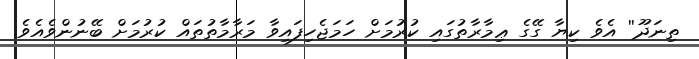
ތިނަދޫ'' އެވެ ކިޔާ ގޭގެ ޢިމާރާތުގައި ކުރުމަށް ހަމަޖެހިފައިވާ މަރާމާތުތައް ކުރުމަށް ބޭނުންވެއެވެ.